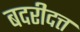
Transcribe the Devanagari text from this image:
बदरीदत्त